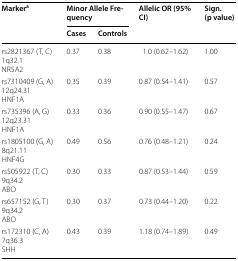
<table><thead><tr><td rowspan="2"><b>Marker<sup>a</sup></b></td><td colspan="2"><b>Minor Allele Frequency</b></td><td rowspan="2"><b>Allelic OR (95% CI)</b></td><td rowspan="2"><b>Sign. (p value)</b></td></tr><tr><td><b>Cases</b></td><td><b>Controls</b></td></tr></thead><tbody><tr><td>rs2821367 (T, C)1q32.1NR5A2</td><td>0.37</td><td>0.38</td><td>1.0 (0.62–1.62)</td><td>1.00</td></tr><tr><td>rs7310409 (G, A)12q24.31HNF1A</td><td>0.35</td><td>0.39</td><td>0.87 (0.54–1.41)</td><td>0.57</td></tr><tr><td>rs735396 (A, G)12q23.31HNF1A</td><td>0.33</td><td>0.36</td><td>0.90 (0.55–1.47)</td><td>0.67</td></tr><tr><td>rs1805100 (G, A)8q21.11HNF4G</td><td>0.49</td><td>0.56</td><td>0.76 (0.48–1.21)</td><td>0.24</td></tr><tr><td>rs505922 (T, C)9q34.2ABO</td><td>0.30</td><td>0.33</td><td>0.87 (0.53–1.44)</td><td>0.59</td></tr><tr><td>rs657152 (G, T)9q34.2ABO</td><td>0.30</td><td>0.37</td><td>0.73 (0.44–1.20)</td><td>0.22</td></tr><tr><td>rs172310 (C, A)7q36.3SHH</td><td>0.43</td><td>0.39</td><td>1.18 (0.74–1.89)</td><td>0.49</td></tr></tbody></table>